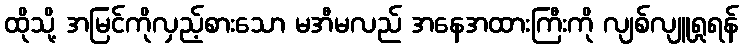
ထိုသို့ အမြင်ကိုလှည့်စားသော မအီမလည် အနေအထားကြီးကို လျစ်လျူရှုရန်